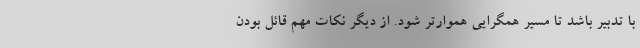
با تدبیر باشد تا مسیر همگرایی هموارتر شود. از دیگر نکات مهم قائل بودن